[Report on the health of British troops in the Madras command]
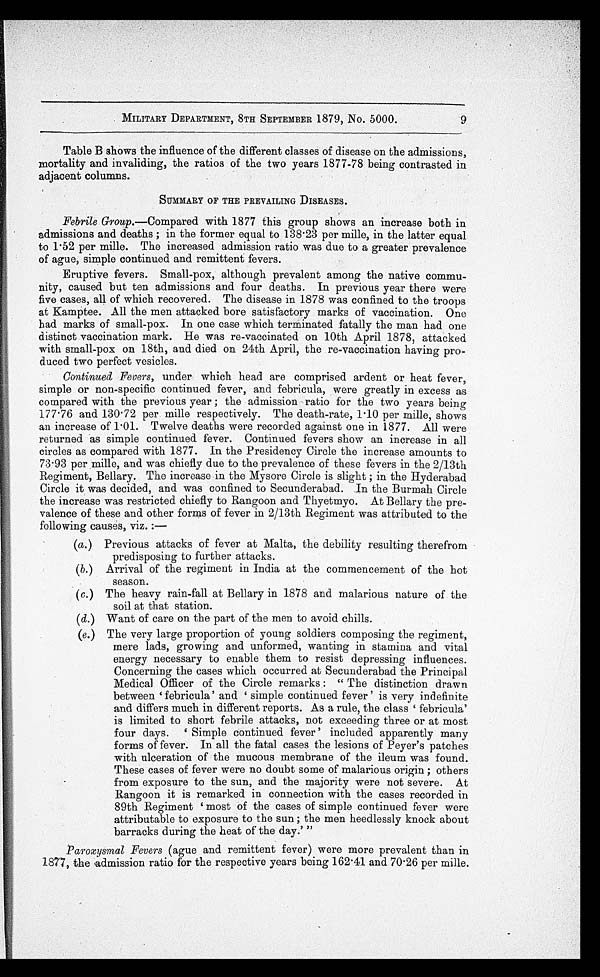
MILITARY DEPARTMENT, 8TH SEPTEMBER 1879, No. 5000.
Table B shows the influence of the different classes of disease on the admissions,
mortality and invaliding, the ratios of the two years 1877-78 being contrasted in
adjacent columns.
SUMMARY OF THE PREVAILING DISEASES.
Febrile Group .—Compared with 1877 this group shows an increase both in
admissions and deaths ; in the former equal to 138.23 per mille, in the latter equal
to 1.52 per mille. The increased admission ratio was due to a greater prevalence
of ague, simple continued and remittent fevers.
Eruptive fevers. Small-pox, although prevalent among the native commu
-nity, caused but ten admissions and four deaths. In previous year there were
five cases, all of which recovered. The disease in 1878 was confined to the troops
at Kamptee. All the men attacked bore satisfactory marks of vaccination. One
had marks of small-pox. In one case which terminated fatally the man had one
distinct vaccination mark. He was re-vaccinated on 10th April 1878, attacked
with small-pox on 18th, and died on 24th April, the re-vaccination having pro
-duced two perfect vesicles.
Continued Fevers, under which head are comprised ardent or heat fever,
simple or non-specific continued fever, and febricula, were greatly in excess as
compared with the previous year ; the admission ratio for the two years being
177.76 and 130.72 per mille respectively. The death-rate, 1.10 per mille, shows
an increase of 1.01. Twelve deaths were recorded against one in 1877. All were
returned as simple continued fever. Continued fevers show an increase in all
circles as compared with 1877. In the Presidency Circle the increase amounts to
73.93 per mille, and was chiefly due to the prevalence of these fevers in the 2/13th
Regiment, Bellary. The increase in the Mysore Circle is slight ; in the Hyderabad
Circle it was decided, and was confined to Secunderabad. In the Burmah Circle
the increase was restricted chiefly to Rangoon and Thyetmyo. At Bellary the pre
-valence of these and other forms of fever in 2/13th Regiment was attributed to the
following causes, viz. :—
(a.) Previous attacks of fever at Malta, the debility resulting therefrom
predisposing to further attacks.
(b.) Arrival of the regiment in India at the commencement of the hot
season.
(c.) The heavy rain-fall at Bellary in 1878 and malarious nature of the
soil at that station.
(d.) Want of care on the part of the men to avoid chills.
(e.) The very large proportion of young soldiers composing the regiment,
mere lads, growing and unformed, wanting in stamina and vital
energy necessary to enable them to resist depressing influences.
Concerning the cases which occurred at Secunderabad the Principal
Medical Officer of the Circle remarks : "The distinction drawn
between 'febricula' and 'simple continued fever' is very indefinite
and differs much in different reports. As a rule, the class 'febricula'
is limited to short febrile attacks, not exceeding three or at most
four days. 'Simple continued fever' included apparently many
forms of fever. In all the fatal cases the lesions of Peyer's patches
with ulceration of the mucous membrane of the ileum was found.
These cases of fever were no doubt some of malarious origin ; others
from exposure to the sun, and the majority were not severe. At
Rangoon it is remarked in connection with the cases recorded in
89th Regiment 'most of the cases of simple continued fever were
attributable to exposure to the sun ; the men heedlessly knock about
barracks during the heat of the day.' "
Paroxysmal Fevers (ague and remittent fever) were more prevalent than in
1877, the admission ratio for the respective years being 162.41 and 70.26 per mille.
9